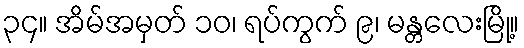
၃၄။ အိမ်အမှတ် ၁၀၊ ရပ်ကွက် ၉၊ မန္တလေးမြို့။